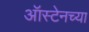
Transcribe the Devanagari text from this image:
ऑस्टेनच्या